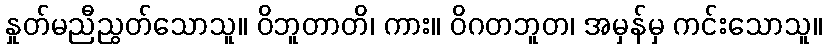
နှုတ်မညီညွတ်သောသူ။ ဝိဘူတာတိ၊ ကား။ ဝိဂတဘူတ၊ အမှန်မှ ကင်းသောသူ။